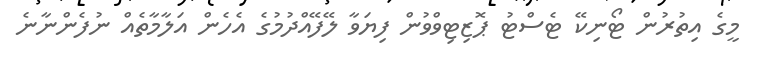
މީގެ އިތުރުން ޓޯނިކޭ ޓެސްޓު ޕޮޒިޓިވްވުން ފިޔަވާ ލޭފޭއްދުމުގެ އެހެން އަލާމާތެއް ނުފެންނާނެ